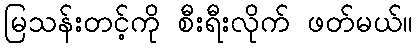
မြသန်းတင့်ကို စီးရီးလိုက် ဖတ်မယ်။